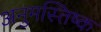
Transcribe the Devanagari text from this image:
अनुमस्तिष्‍क